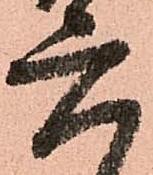
六